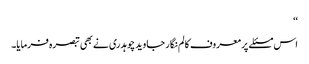
‘‘
اس مسئلے پر معروف کالم نگار جاوید چوہدری نے بھی تبصرہ فرمایا۔